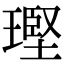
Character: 𪼑